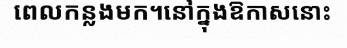
ពេលកន្លងមក។នៅក្នុងឱកាសនោះ